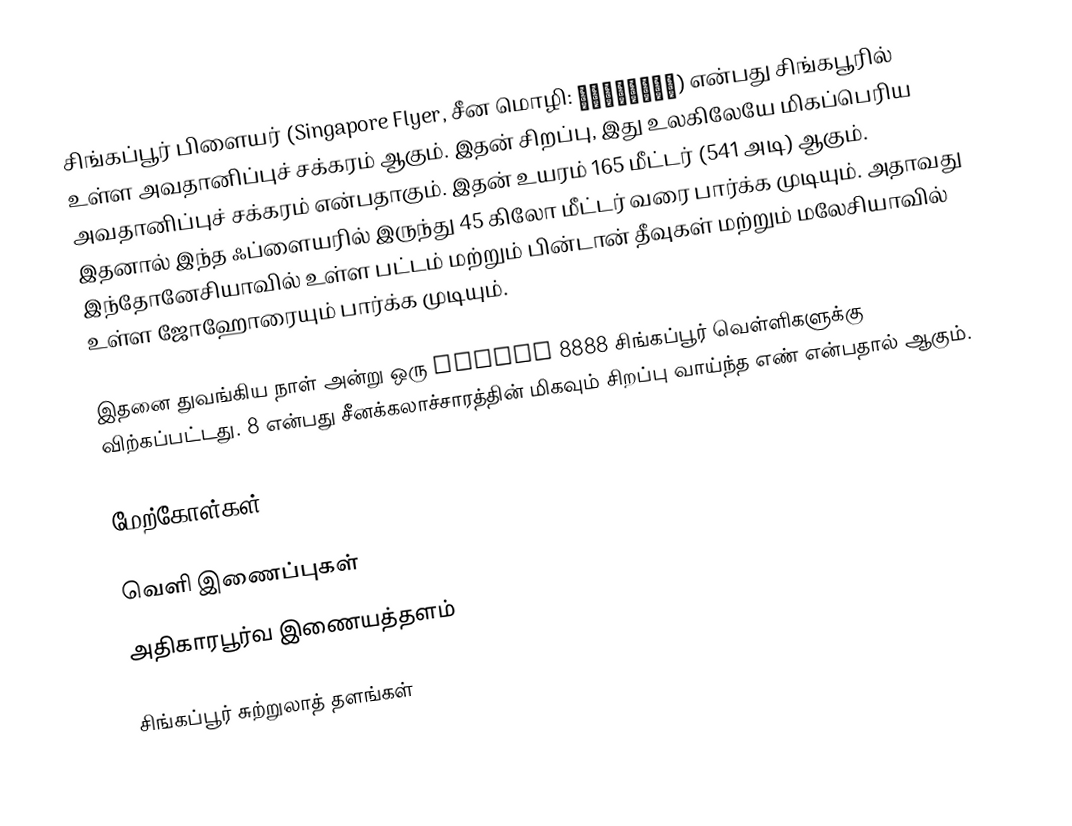
சிங்கப்பூர் பிளையர் (Singapore Flyer, சீன மொழி: 新加坡摩天观景轮) என்பது சிங்கபூரில் உள்ள அவதானிப்புச் சக்கரம் ஆகும். இதன் சிறப்பு, இது உலகிலேயே மிகப்பெரிய அவதானிப்புச் சக்கரம் என்பதாகும். இதன் உயரம் 165 மீட்டர் (541 அடி) ஆகும். இதனால் இந்த ஃப்ளையரில் இருந்து 45 கிலோ மீட்டர் வரை பார்க்க முடியும். அதாவது இந்தோனேசியாவில் உள்ள பட்டம் மற்றும் பின்டான் தீவுகள் மற்றும் மலேசியாவில் உள்ள ஜோஹோரையும் பார்க்க முடியும்.

இதனை துவங்கிய நாள் அன்று ஒரு ticket 8888 சிங்கப்பூர் வெள்ளிகளுக்கு விற்கப்பட்டது. 8 என்பது சீனக்கலாச்சாரத்தின் மிகவும் சிறப்பு வாய்ந்த எண் என்பதால் ஆகும்.

மேற்கோள்கள்

வெளி இணைப்புகள்
 அதிகாரபூர்வ இணையத்தளம்

சிங்கப்பூர் சுற்றுலாத் தளங்கள்